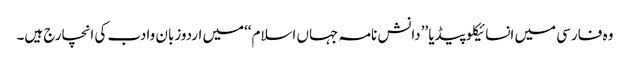
وہ فارسی میں انسائیکلوپیڈیا ’’دانش نامہ جہاں اسلام‘‘میں اردوزبان وادب کی انچارج ہیں۔